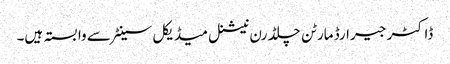
ڈاکٹر جیرارڈ مارٹن چلڈرن نیشنل میڈیکل سینٹر سے وابستہ ہیں۔